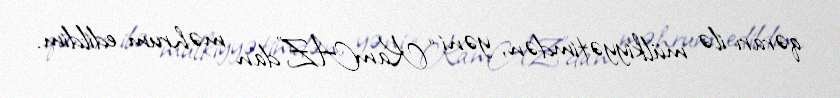
qərarı ilə mülkiyyətimdən, yəni “KamAZ”dan məhrum edildim.